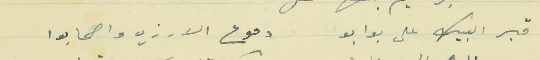
قبر البيك على بوابو                                       دموع الارزي واصحابوا